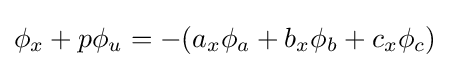
\phi _{x}+p\phi _{u}=-(a_{x}\phi _{a}+b_{x}\phi _{b}+c_{x}\phi _{c})